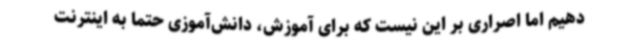
دهیم اما اصراری بر این نیست که برای آموزش، دانش‌آموزی حتماً به اینترنت